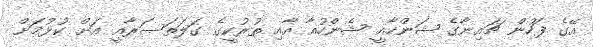
އޭގެ ފަހުން ޗައިނާގެ ޝަންހާއީ ޝެންހުއާ އާއި ތުރުކީގެ ގަލަތަސަރާއީ އަށް ކުޅުމަށް